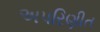
અપરિણીત